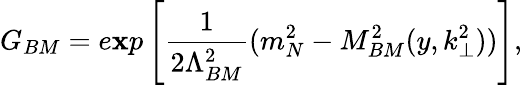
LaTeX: G_{BM}=e\mathbf{x}p\left[{\frac{{1}}{{2\Lambda_{BM}^{2}}}}(m_{N}^{2}-M_{BM}^{2}(y,k_{\perp}^{2}))\right],